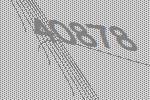
40878